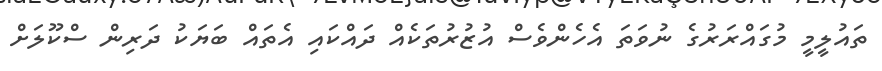
ތައުލީމީ މުގައްރަރުގެ ނުވަތަ އެހެންވެސް އުޒުރުތަކެއް ދައްކައި އެތައް ބަޔަކު ދަރިން ސްކޫލަށް